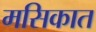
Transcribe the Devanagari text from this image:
मसिकात